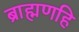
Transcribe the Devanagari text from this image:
ब्राह्मणहि